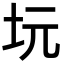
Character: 坃